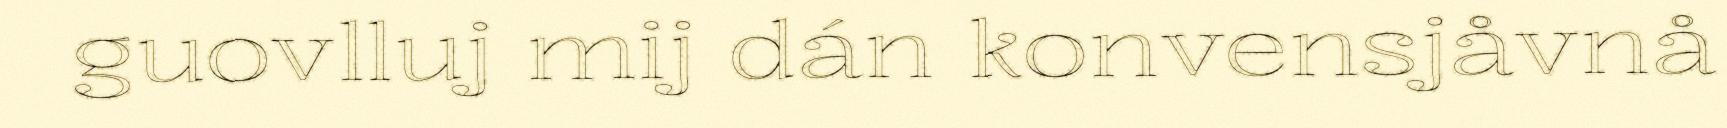
guovlluj mij dán konvensjåvnå